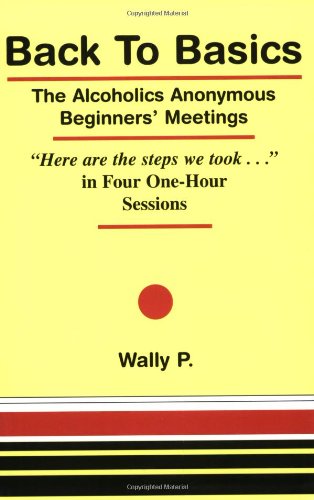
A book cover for Back To Basics - The Alcoholics Anonymous Beginners Meetings "Here are the steps we took..." in Four One Hour Sessions; Wally P; Health, Fitness & Dieting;